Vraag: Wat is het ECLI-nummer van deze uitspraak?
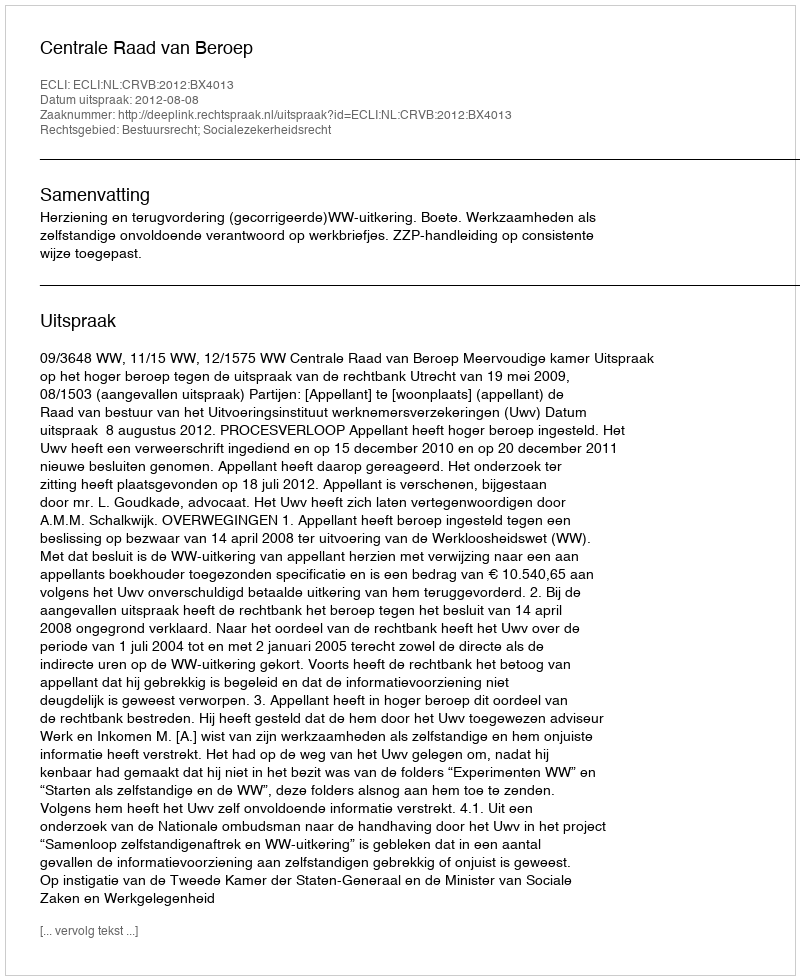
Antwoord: ECLI:NL:CRVB:2012:BX4013